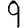
Digit: 9